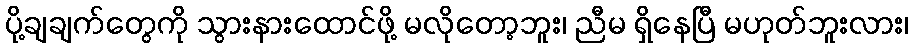
ပို့ချချက်တွေကို သွားနားထောင်ဖို့ မလိုတော့ဘူး၊ ညီမ ရှိနေပြီ မဟုတ်ဘူးလား၊